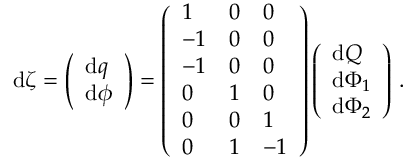
\begin{array} { r } { \mathrm { d } \boldsymbol { \zeta } = \left( \begin{array} { l } { \mathrm { d } \boldsymbol { q } } \\ { \mathrm { d } \boldsymbol { \phi } } \end{array} \right) = \left( \begin{array} { l l l } { 1 } & { 0 } & { 0 } \\ { - 1 } & { 0 } & { 0 } \\ { - 1 } & { 0 } & { 0 } \\ { 0 } & { 1 } & { 0 } \\ { 0 } & { 0 } & { 1 } \\ { 0 } & { 1 } & { - 1 } \end{array} \right) \left( \begin{array} { l } { \mathrm { d } Q } \\ { \mathrm { d } \Phi _ { 1 } } \\ { \mathrm { d } \Phi _ { 2 } } \end{array} \right) \, . } \end{array}